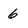
Character: 6